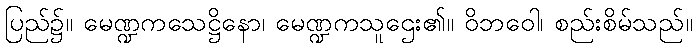
ပြည်၌။ မေဏ္ဍကသေဋ္ဌိနော၊ မေဏ္ဍကသူဌေး၏။ ဝိဘဝေါ၊ စည်းစိမ်သည်။